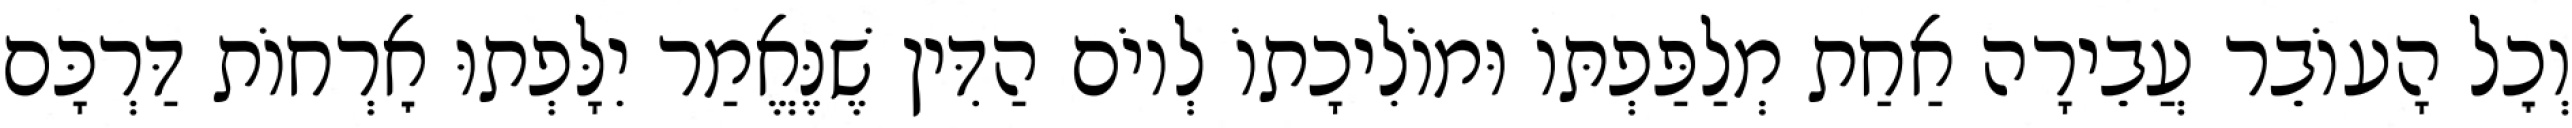
וְכׇל הָעוֹבֵר עֲבֵירָה אַחַת מְלַפַּפְתּוֹ וּמוֹלִיכָתוֹ לְיוֹם הַדִּין שֶׁנֶּאֱמַר יִלָּפְתוּ אׇרְחוֹת דַּרְכָּם